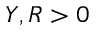
Y , R > 0